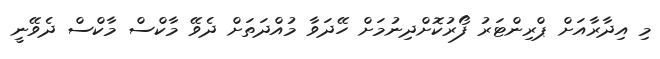
މި އިދާރާއަށް ޕްރިންޓަރު ފޯރުކޮށްދިނުމަށް ހޭދަވާ މުއްދަތަށް ދެވޭ މާކްސް މާކްސް ދެވޭނީ